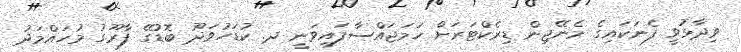
ވިދާޅުވީ ފެނަކައިގެ މެނޭޖިން ޑިރެކްޓަރަށް ހަމަޖައްސާފައިވަނީ ދ. ކުޑަހުވަދޫ ބޮޑުގޭ ފާރޫގު މުހައްމަދު